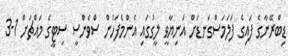
ޑިބްރޭނާގެ ފައިގެ ފަލަމަސްގަނޑަށް އަނިޔާވީ ލީގުގައި އެންމެފަހުން ސްވެންސީ ސިޓީގެ މައްޗަށް 1-3